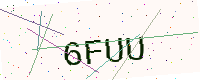
Text: 6FUU